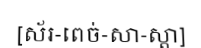
[ស័រ-ពេច់-សា-ស្តា]